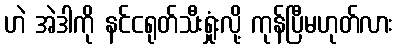
ဟဲ အဲဒါကို နင်ငရုတ်သီးရှုံးလို့ ကုန်ပြီမဟုတ်လား